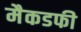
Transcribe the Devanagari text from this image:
मैकडफी